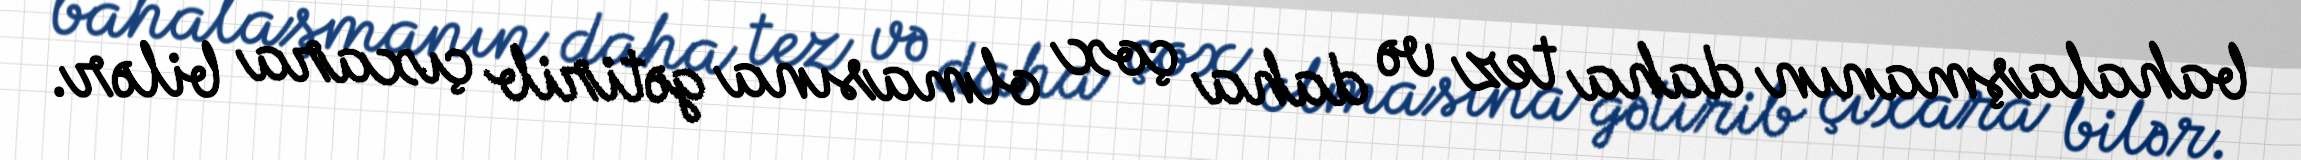
bahalaşmanın daha tez və daha çox olmasına gətirib çıxara bilər.